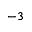
^ { - 3 }